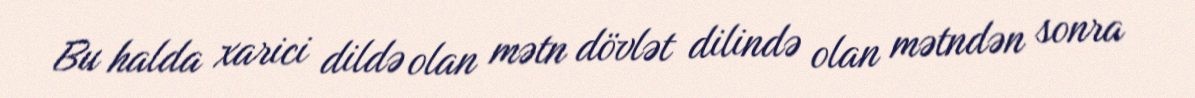
Bu halda xarici dildə olan mətn dövlət dilində olan mətndən sonra